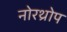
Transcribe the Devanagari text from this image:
नोरथ्रोप